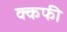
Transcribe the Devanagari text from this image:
क्कफी